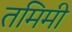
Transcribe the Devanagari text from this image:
तमिमी